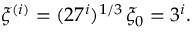
\xi ^ { ( i ) } = ( 2 7 ^ { i } ) ^ { 1 / 3 } \, \xi _ { 0 } = 3 ^ { i } .